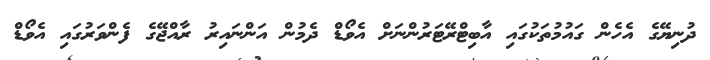
ދުނިޔޭގެ އެހެން ގައުމުތަކުގައި އާބިޓްރޭޓަރުންނަށް އެވޯޑް ދެމުން އަންނައިރު ރާއްޖޭގެ ފެންވަރުގައި އެވޯޑް